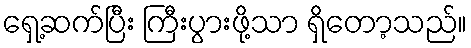
ရှေ့ဆက်ပြီး ကြီးပွားဖို့သာ ရှိတော့သည်။